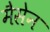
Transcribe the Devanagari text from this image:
मैसेन